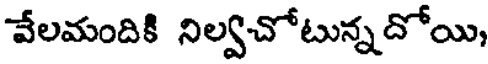
వేలమందికి నిల్వచోటున్నదోయి,